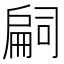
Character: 𢩚